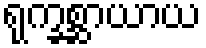
ရုက္ခစ္ဆာယာယ